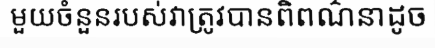
មួយចំនួនរបស់វាត្រូវបានពិពណ៌នាដូច